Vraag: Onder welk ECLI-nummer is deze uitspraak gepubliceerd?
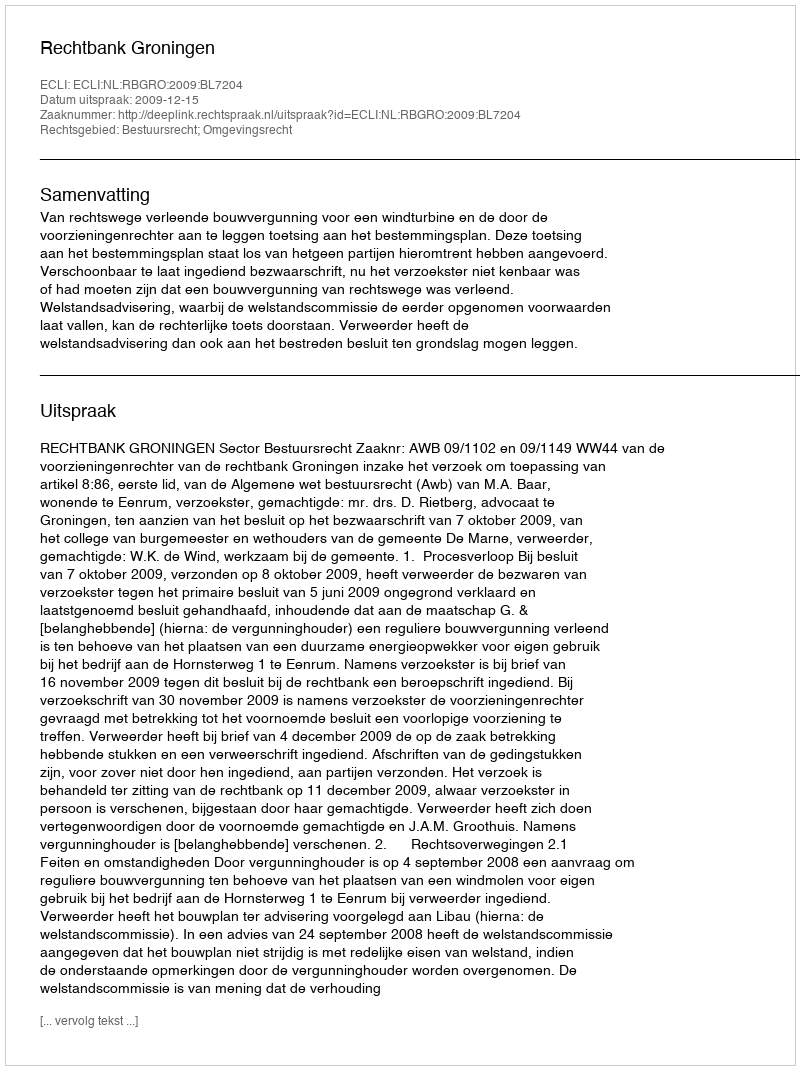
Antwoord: ECLI:NL:RBGRO:2009:BL7204